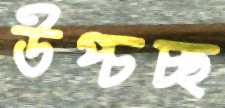
উপ্‌চচ্ছ